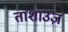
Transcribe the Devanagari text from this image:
ताशाउज़